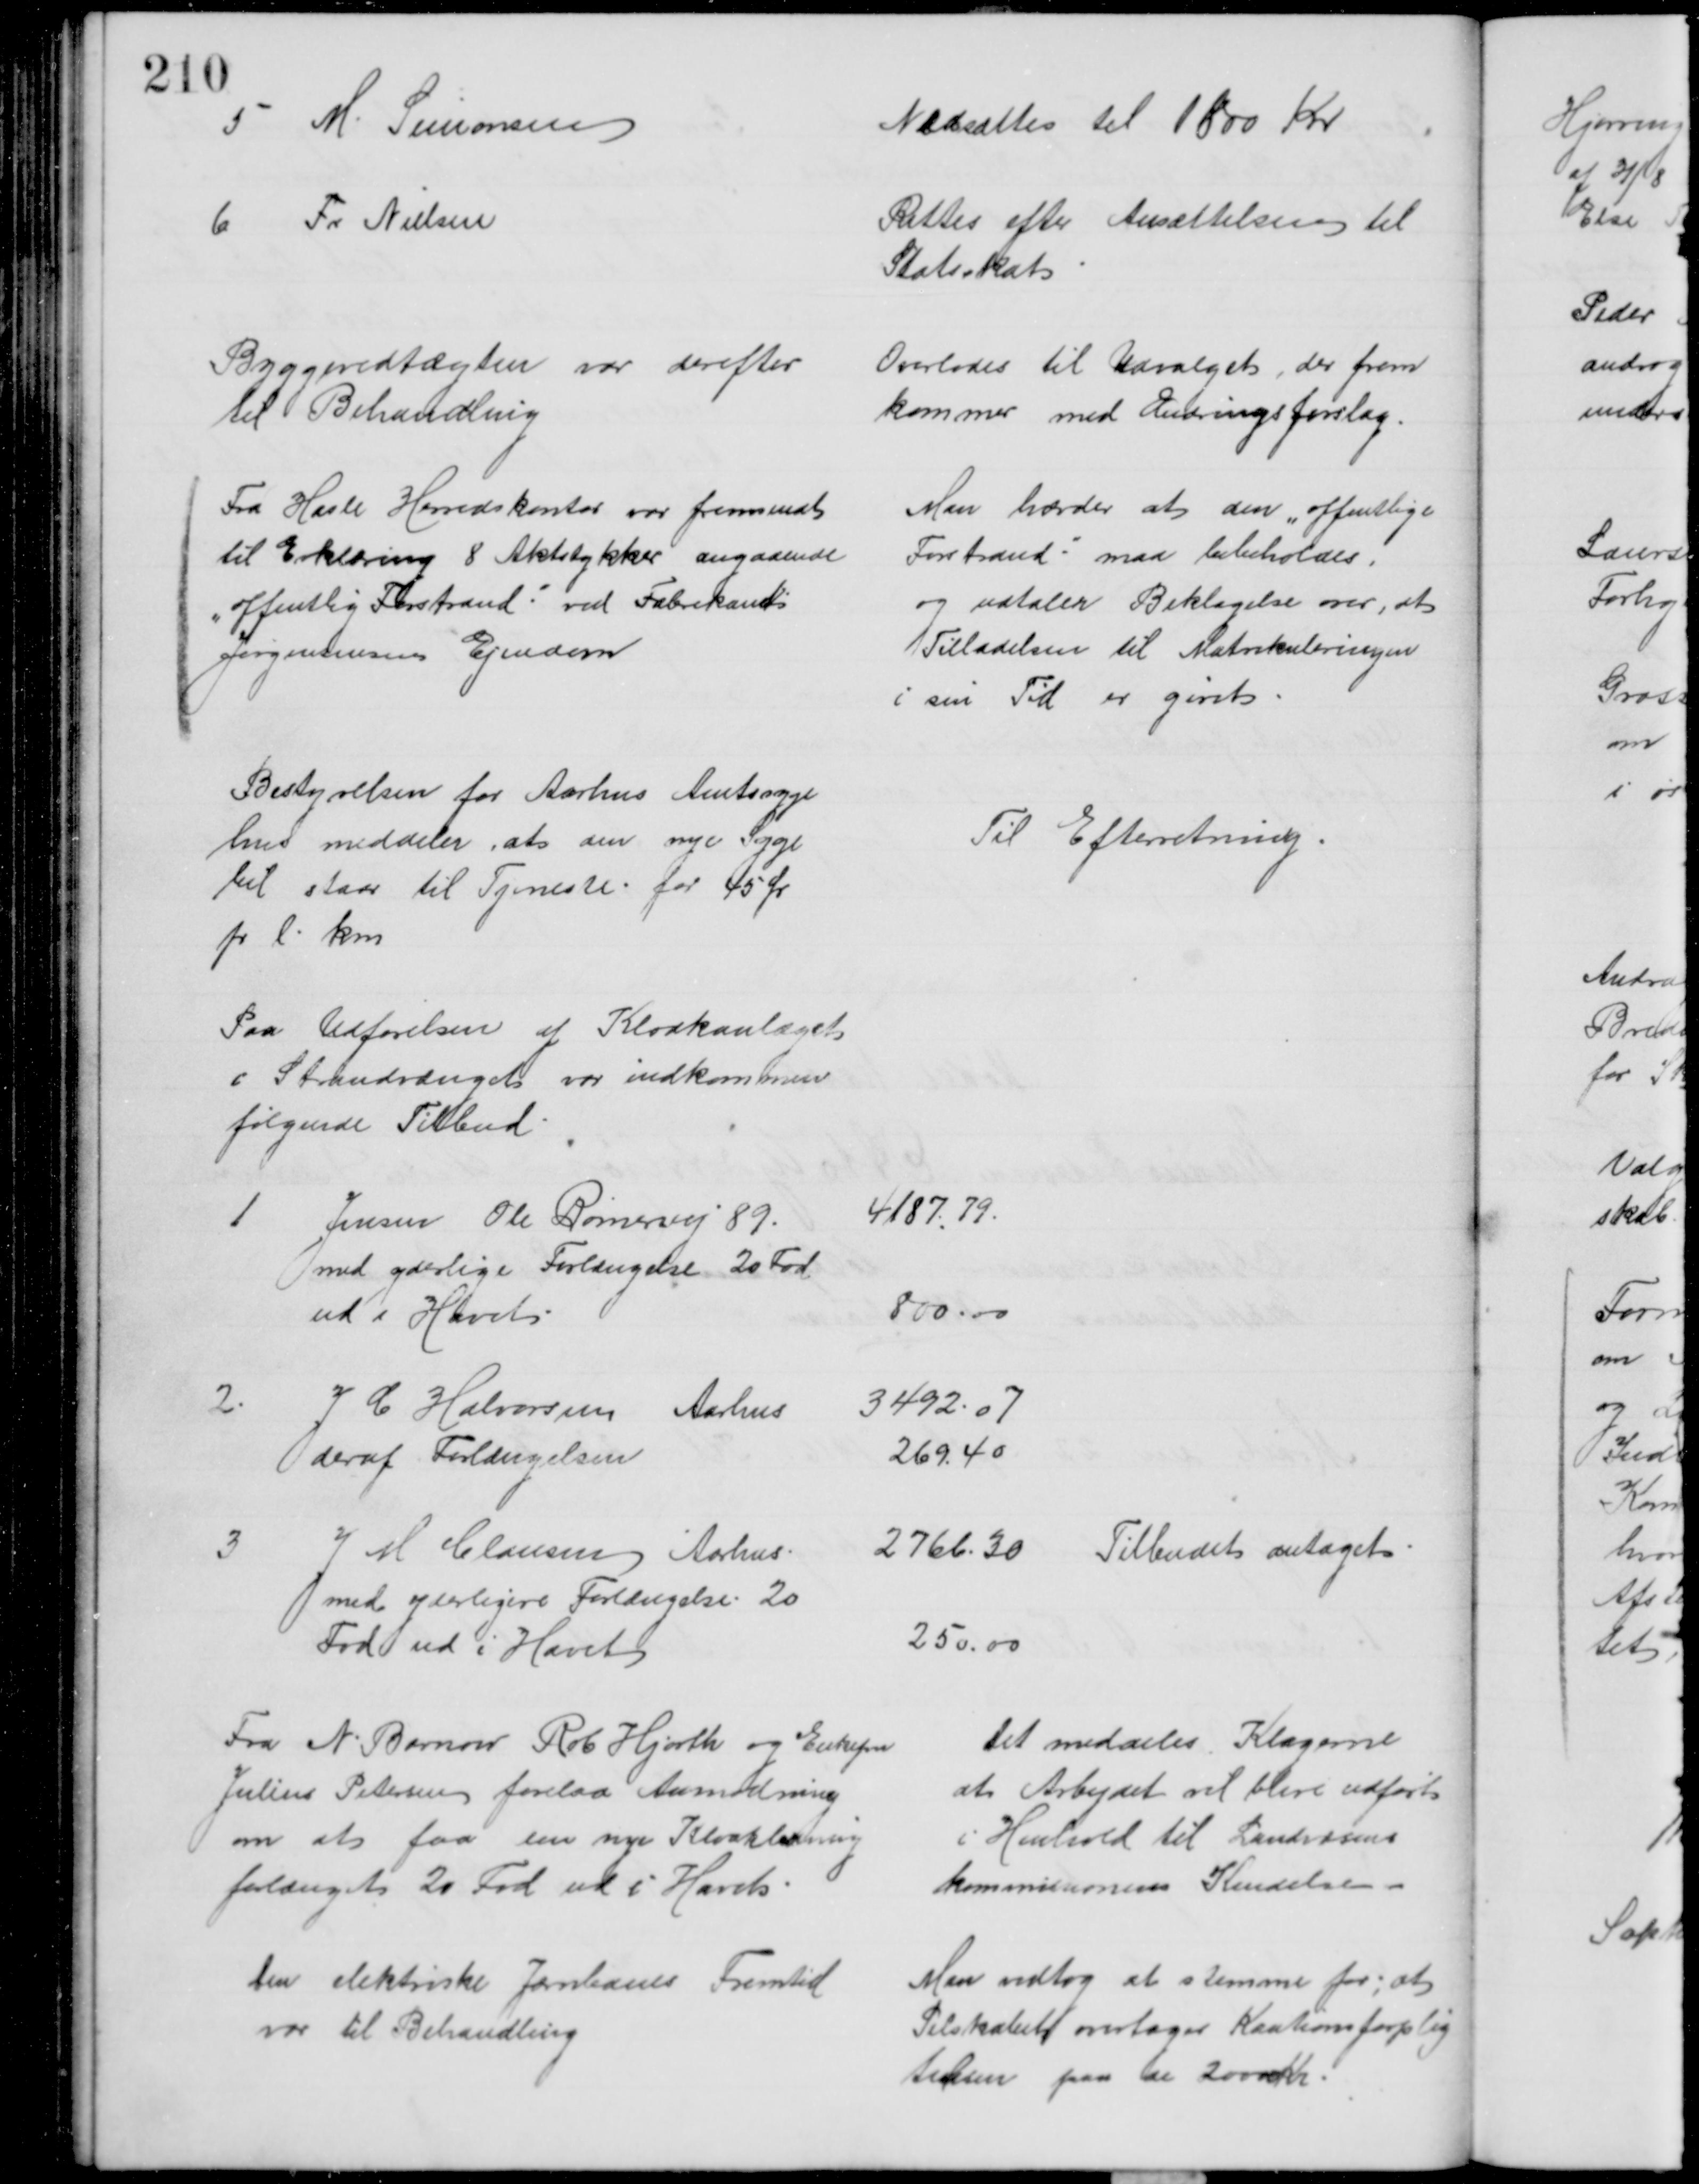
Transskription:
5
M. Simonsen
Nedsattes til 1800 Kr
6
Fr. Nielsen
Rettes efter Ansættelsen til
Statsskat
Byggevedtægten var derefter
til Behandling
Overlodes til Udvalget, der frem
kommer med Ændringsforslag.
Fra Hasle Herredskontor var fremsendt
til Erklæring 8 Aktstykker angaaende
"offentlig Forstrand" ved Fabrikant
Jørgensensens Ejendom
Man hævder at den "offentlige
Forstrand" maa bibeholdes,
og udtaler Beklagelse over, at
Tilladelsen til Matrikuleringen
i sin Tid er givet
Bestyrelsen for Aarhus Amtssyge
hus meddeler, at den nye Syge
bil staar til Tjeneste for 45 Ør
pr l. km
Til Efterretning
Paa Udførelsen af Kloakanlæget
i Strandvænget var indkommen
følgende Tilbud
1
Jensen Ole Rømervej 89
4187.79.
med yderlige Forlængelse 20 Fod
ud i Havet
800.00
2.
J. C. Halvorsen Aarhus
3492.07
deraf Forlængelsen
269.40
3
J M Clausen Aarhus
2766.30 Tilbudet antaget
med yderligere Forlængelse 20
Fod ud i Havet
250.00
Fra N Barnow Rob Hjorth og Enkefru
Julius Petersen forelaa Anmodning
om at faa den nye Kloakledning
forlænget 20 Fod ud i Havet
Det meddeles Klagerne
at Arbejdet vil blive udført
i Henhold til Landvæsens
kommissionens Kendelse.
Den elektriske Jærnbanes Fremtid
var til Behandling
Man vedtog at stemme for, at
Selskabet overtager Kautionsforplig
telsen paa de 20000 Kr